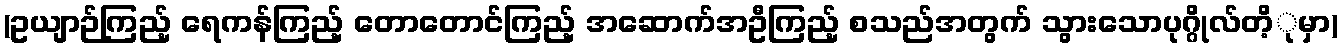
(ဥယျာဉ်ကြည့် ရေကန်ကြည့် တောတောင်ကြည့် အဆောက်အဦကြည့် စသည်အတွက် သွားသောပုဂ္ဂိုလ်တိ့ုမှာ)